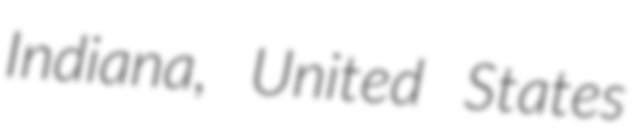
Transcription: Indiana, United States